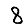
Digit: 8